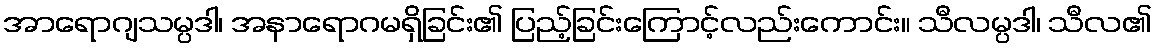
အာရောဂျသမ္ပဒါ၊ အနာရောဂမရှိခြင်း၏ ပြည့်ခြင်းကြောင့်လည်းကောင်း။ သီလမ္ပဒါ၊ သီလ၏